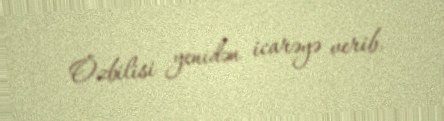
Özbilisi yenidən icarəyə verib.